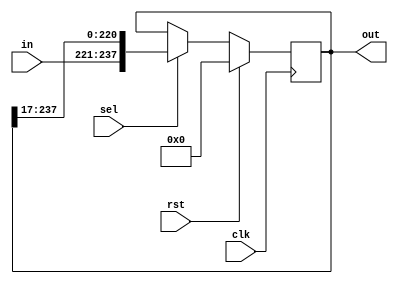
`timescale 1ns / 1ps
//////////////////////////////////////////////////////////////////////////////////
// Company: 
// Engineer: 
// 
// Design Name: 
// Module Name: register_file
// Project Name: 
// Target Devices: 
// Tool Versions: 
// Description: 
// 
// Dependencies: 
// 
// Revision:
// Revision 0.01 - File Created
// Additional Comments:
// 
//////////////////////////////////////////////////////////////////////////////////


module register_file(in, clk,rst,sel,out);

input [16:0] in;
input clk,rst,sel;
output reg [237:0] out;



always@(posedge clk)
begin
if(rst)
out<=238'h0;
else if(sel)
out<={in,out[237:17]};
else
out<=out;
end





endmodule